Annual administration report of the Civil Veterinary Department of India - 1904-1905
Year: 1904
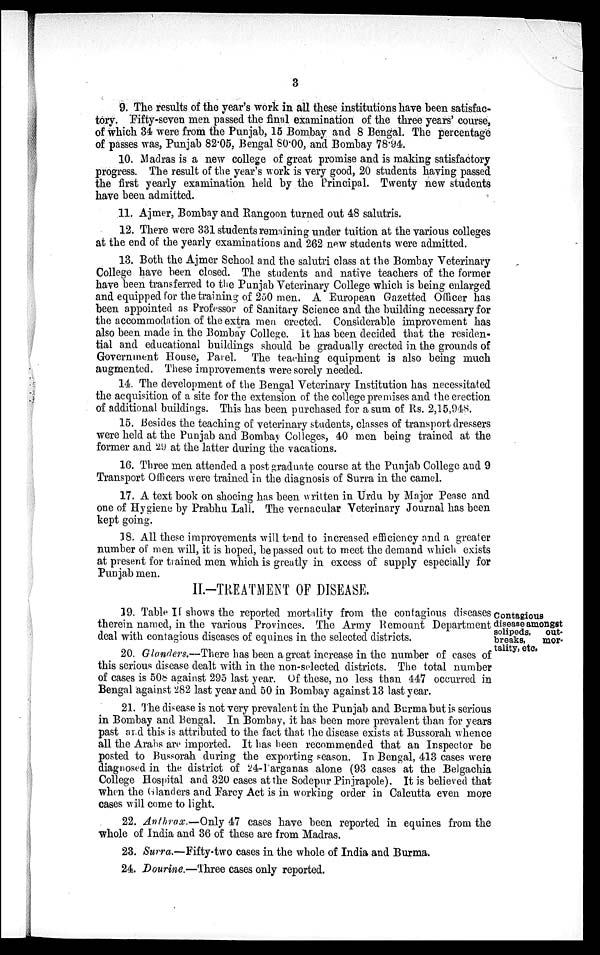
3
9. The results of the year's work in all these institutions have been satisfac-
tory. Fifty-seven men passed the final examination of the three years' course,
of which 34 were from the Punjab, 15 Bombay and 8 Bengal. The percentage
of passes was, Punjab 82.05, Bengal 80.00, and Bombay 78.94.
10. Madras is a new college of great promise and is making satisfactory
progress. The result of the year's work is very good, 20 students having passed
the first yearly examination held by the Principal. Twenty new students
have been admitted.
11. Ajmer, Bombay and Rangoon turned out 48 salutris.
12. There were 331 students remaining under tuition at the various colleges
at the end of the yearly examinations and 262 new students were admitted.
13. Both the Ajmer School and the salutri class at the Bombay Veterinary
College have been closed. The students and native teachers of the former
have been transferred to the Punjab Veterinary College which is being enlarged
and equipped for the training of 250 men. A European Gazetted Officer has
been appointed as Professor of Sanitary Science and the building necessary for
the accommodation of the extra men erected. Considerable improvement has
also been made in the Bombay College. It has been decided that the residen-
tial and educational buildings should be gradually erected in the grounds of
Government House, Parel. The teaching equipment is also being much
augmented. These improvements were sorely needed.
14. The development of the Bengal Veterinary Institution has necessitated
the acquisition of a site for the extension of the college premises and the erection
of additional buildings. This has been purchased for a sum of Rs. 2,15,948.
15. Besides the teaching of veterinary students, classes of transport dressers
were held at the Punjab and Bombay Colleges, 40 men being trained at the
former and 29 at the latter during the vacations.
16. Three men attended a post graduate course at the Punjab College and 9
Transport Officers were trained in the diagnosis of Surra in the camel.
17. A text book on shoeing has been written in Urdu by Major Pease and
one of Hygiene by Prabhu Lall. The vernacular Veterinary Journal has been
kept going.
18. All these improvements will tend to increased efficiency and a greater
number of men will, it is hoped, be passed out to meet the demand which exists
at present for trained men which is greatly in excess of supply especially for
Punjab men.
II.-TREATMENT OF DISEASE.
Contagious
disease amongst
solipeds, out
breaks, mor
tality, etc.
19. Table If shows the reported mortality from the contagious diseases
therein named, in the various Provinces. The Army Remount Department
deal with contagious diseases of equines in the selected districts.
20. Glanders.—There has been a great increase in the number of cases of
this serious disease dealt with in the non-selected districts. The total number
of cases is 508 against 295 last year. Of these, no less than 447 occurred in
Bengal against 282 last year and 50 in Bombay against 13 last year.
21. The disease is not very prevalent in the Punjab and Burma but is serious
in Bombay and Bengal. In Bombay, it has been more prevalent than for years
past and this is attributed to the fact that the disease exists at Bussorah whence
all the Arabs are imported. It has been recommended that an Inspector be
posted to Bussorah during the exporting season. In Bengal, 413 cases were
diagnosed in the district of 24-Parganas alone (93 cases at the Belgachia
College Hospital and 320 cases at the Sodepur Pinjrapole). It is believed that
when the Glanders and Farcy Act is in working order in Calcutta even more
cases will come to light.
22. Anthrax.—Only 47 cases have been reported in equines from the
whole of India and 36 of these are from Madras.
23. Surra.—Fifty-two cases in the whole of India and Burma.
24. Dourine.—Three cases only reported.